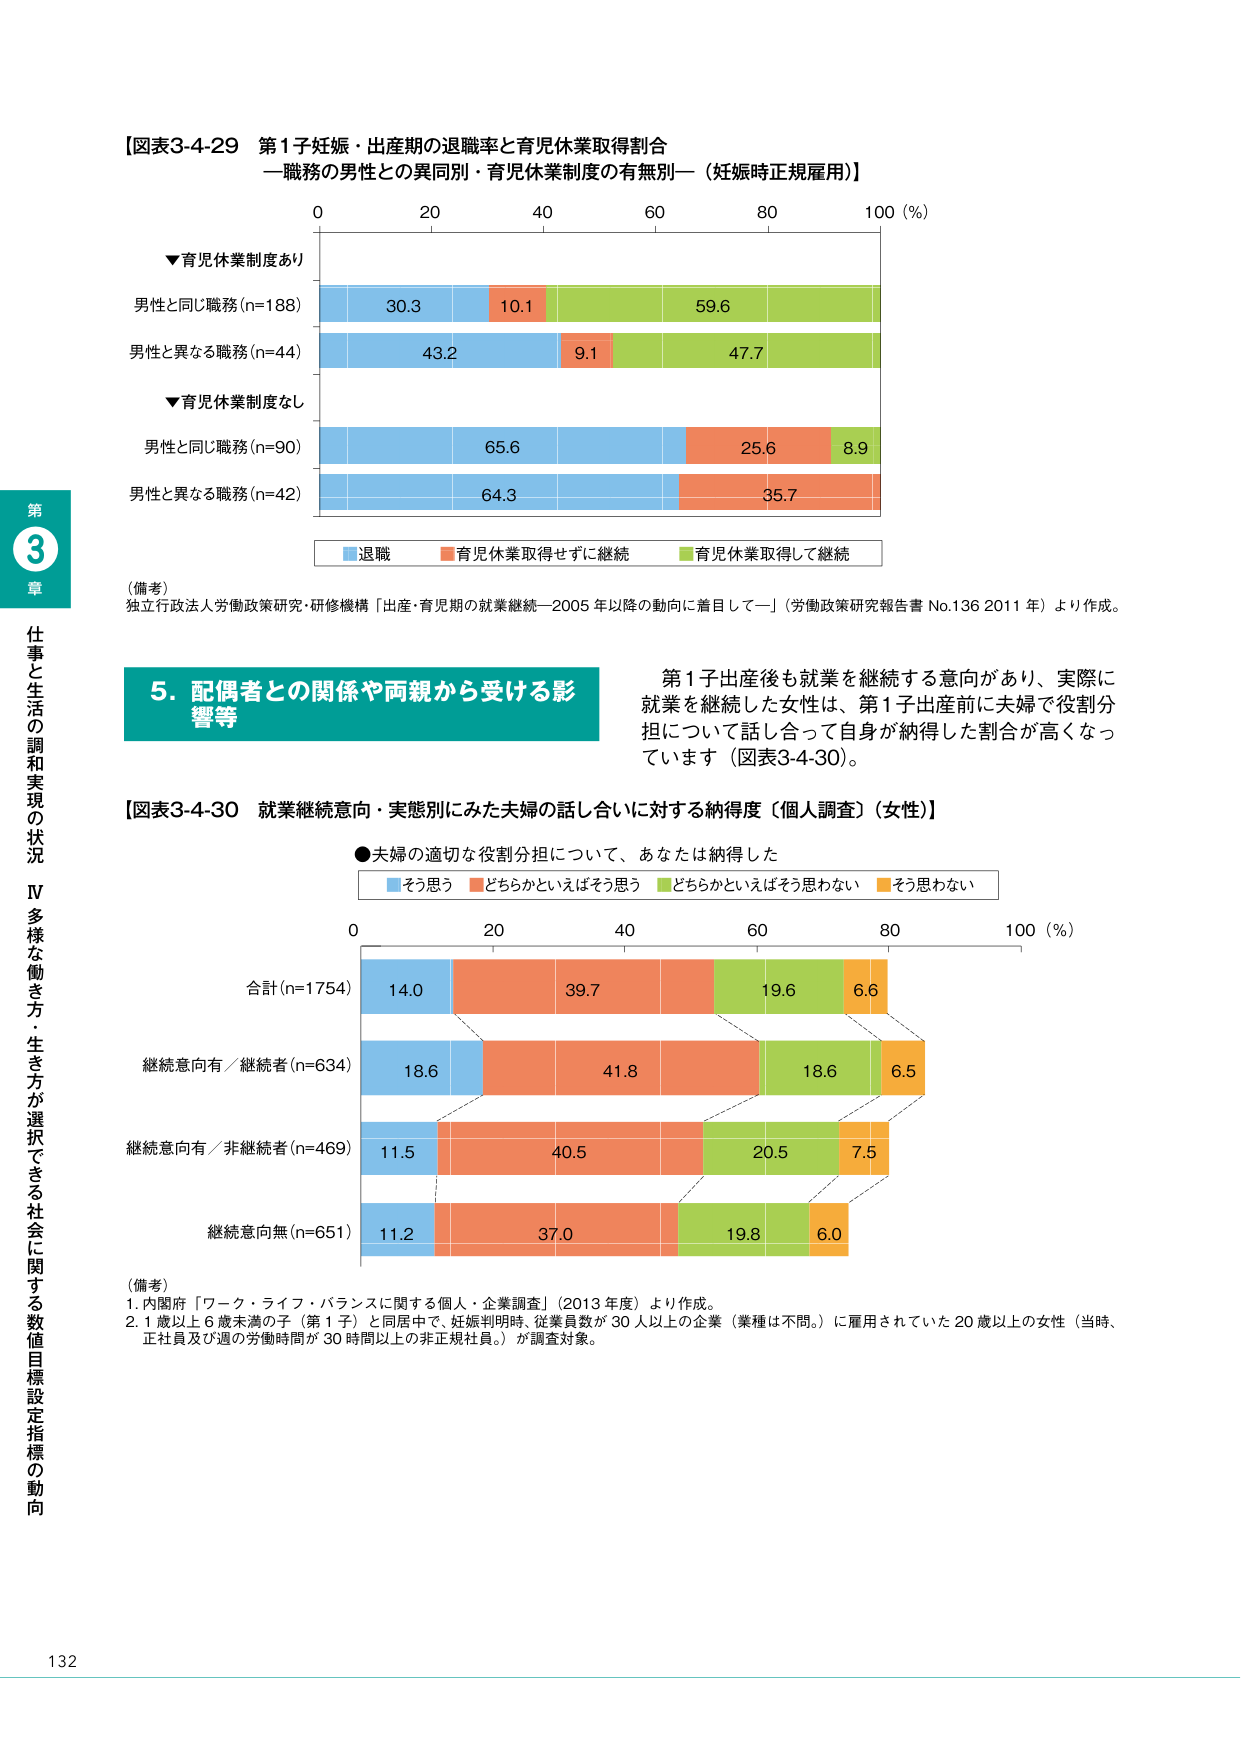
【図表3-4-29 第1子妊娠・出産期の退職率と育児休業取得割合
—職務の男性との異同別・育児休業制度の有無別—（妊娠時正規雇用）】

0 20 40 60 80 100（％）

▼育児休業制度あり
男性と同じ職務（n=188） 30.3 10.1 59.6
男性と異なる職務（n=44） 43.2 9.1 47.7

▼育児休業制度なし
男性と同じ職務（n=90） 65.6 25.6 8.9
男性と異なる職務（n=42） 64.3 35.7

■退職 ■育児休業取得せずに継続 ■育児休業取得して継続

（備考）
独立行政法人労働政策研究・研修機構「出産・育児期の就業継続—2005年以降の動向に着目して—」（労働政策研究報告書 No.136 2011年）より作成。

5．配偶者との関係や両親から受ける影響等

第1子出産後も就業を継続する意向があり、実際に就業を継続した女性は、第1子出産前に夫婦で役割分担について話し合って自身が納得した割合が高くなっています（図表3-4-30）。

【図表3-4-30 就業継続意向・実態別にみた夫婦の話し合いに対する納得度（個人調査）（女性）】

●夫婦の適切な役割分担について、あなたは納得した
■そう思う ■どちらかといえばそう思う ■どちらかといえばそう思わない ■そう思わない

0 20 40 60 80 100（％）

合計（n=1754） 14.0 39.7 19.6 6.6
継続意向有／継続者（n=634） 18.6 41.8 18.6 6.5
継続意向有／非継続者（n=469） 11.5 40.5 20.5 7.5
継続意向無（n=651） 11.2 37.0 19.8 6.0

（備考）
1．内閣府「ワーク・ライフ・バランスに関する個人・企業調査」（2013年度）より作成。
2．1歳以上6歳未満の子（第1子）と同居中で、妊娠判明時、従業員数が30人以上の企業（業種は不問。）に雇用されていた20歳以上の女性（当時、正社員及び週の労働時間が30時間以上の非正規社員。）が調査対象。

第3章
仕事と生活の調和実現の状況
Ⅳ 多様な働き方・生き方が選択できる社会に関する数値目標設定指標の動向

132